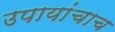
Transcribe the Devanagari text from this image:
उपायांचाच